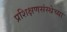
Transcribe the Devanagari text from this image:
प्रशिक्षणसंस्थेच्या